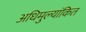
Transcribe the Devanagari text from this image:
अधिमुल्यांकित